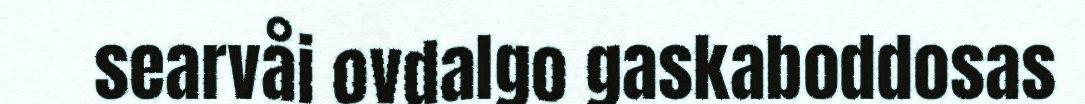
searvåi ovdalgo gaskaboddosas